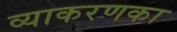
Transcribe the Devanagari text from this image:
व्याकरणका